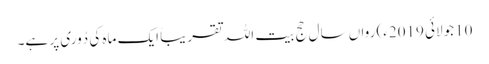
10جولائی 2019ء) رواں سال حج بیت اللہ تقریباً ایک ماہ کی دُوری پر ہے۔